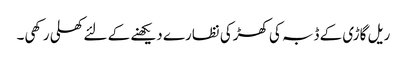
ریل گاڑی کے ڈبہ کی کھڑکی نظارے دیکھنے کے لئے کھلی رکھی۔